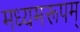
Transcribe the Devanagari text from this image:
मध्यमरूपम्